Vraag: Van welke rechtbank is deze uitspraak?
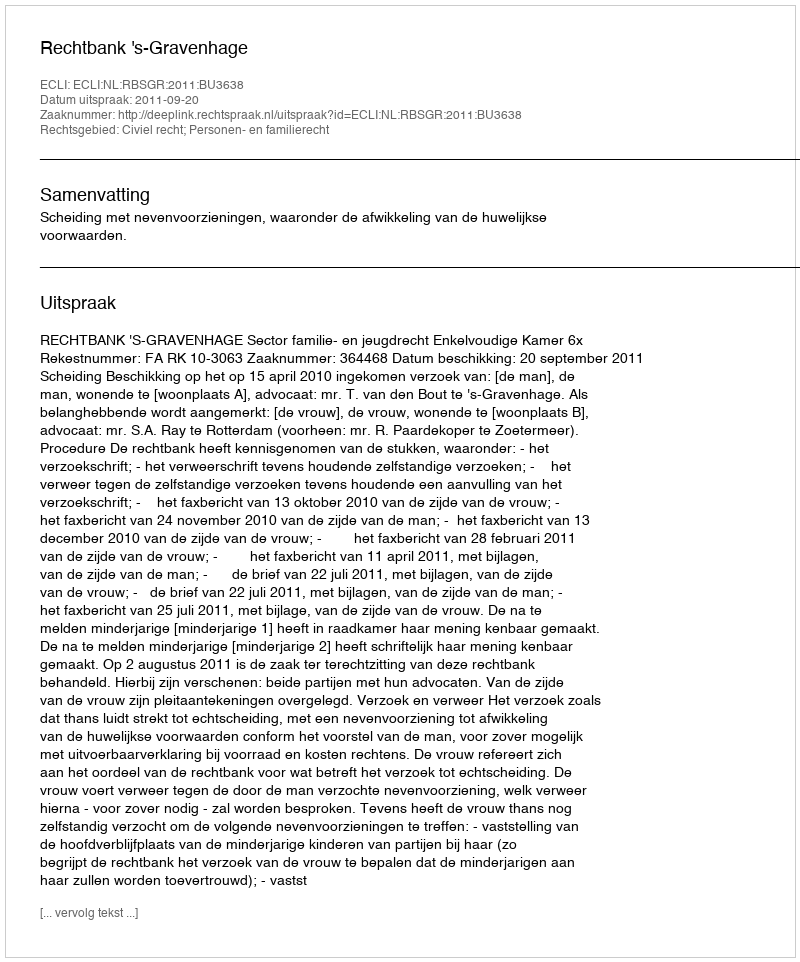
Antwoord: Rechtbank 's-Gravenhage